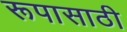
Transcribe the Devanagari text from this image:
रूपासाठी